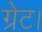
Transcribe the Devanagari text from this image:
ग्रेट।